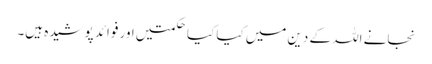
نجانے اللہ کے دین میں کیا کیا حکمتیں اور فوائد پوشیدہ ہیں۔